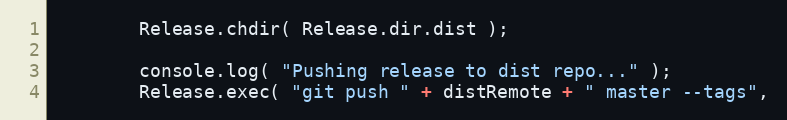
Language: JavaScript
		Release.chdir( Release.dir.dist );

		console.log( "Pushing release to dist repo..." );
		Release.exec( "git push " + distRemote + " master --tags",